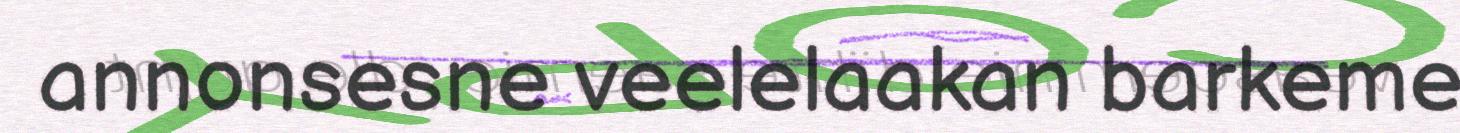
annonsesne veelelaakan barkeme